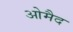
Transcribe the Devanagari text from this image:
ओमैद